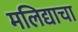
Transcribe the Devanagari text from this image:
मलिद्याचा